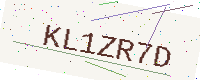
Text: KL1ZR7D